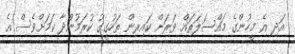
އަދި އެ މީހުންގެ މައްސަލަތައް ވަރަށް ކައިރިން ތަހުގީގު ކުރަމުންދާ ކަމަށްވެސް އެ